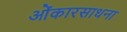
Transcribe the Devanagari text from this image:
ओंकारसाधना